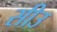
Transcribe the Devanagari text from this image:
सीउ